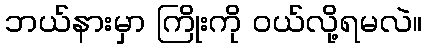
ဘယ်နားမှာ ကြိုးကို ဝယ်လို့ရမလဲ။